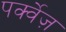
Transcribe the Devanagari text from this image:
पर्क्वेज़